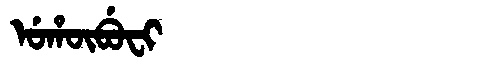
Manchu: ᡠᡥᡡᠪᡠᠸᡳ
Romanization: UHŪBUFI